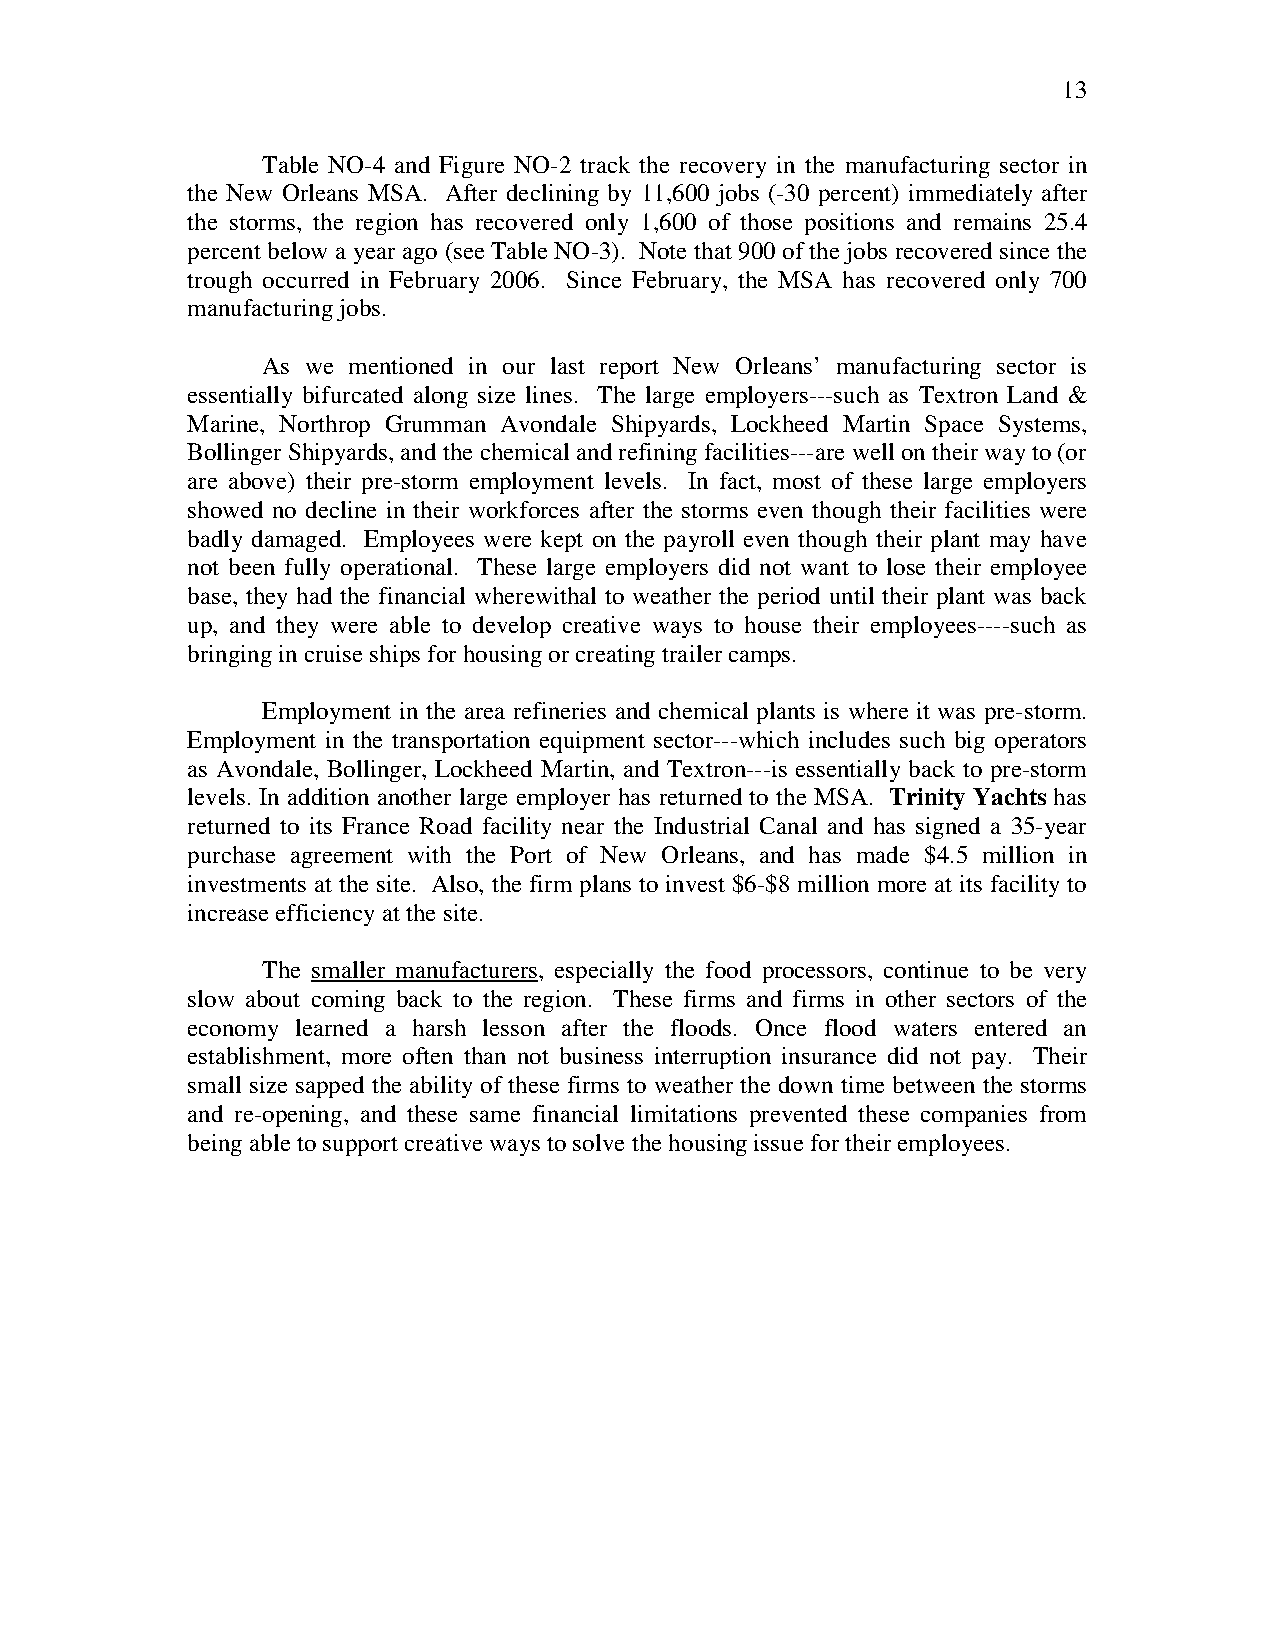
13
 Table NO-4 and Figure NO-2 track the recovery in the manufacturing sector in
 the New Orleans MSA. After declining by 11,600 jobs (-30 percent) immediately after
 the storms, the region has recovered only 1,600 of those positions and remains 25.4
 percent below a year ago (see Table NO-3). Note that 900 of the jobs recovered since the
 trough occurred in February 2006. Since February, the MSA has recovered only 700
 manufacturing jobs.
 As we mentioned in our last report New Orleans’ manufacturing sector is
 essentially bifurcated along size lines. The large employers---such as Textron Land &
 Marine, Northrop Grumman Avondale Shipyards, Lockheed Martin Space Systems,
 Bollinger Shipyards, and the chemical and refining facilities---are well on their way to (or
 are above) their pre-storm employment levels. In fact, most of these large employers
 showed no decline in their workforces after the storms even though their facilities were
 badly damaged. Employees were kept on the payroll even though their plant may have
 not been fully operational. These large employers did not want to lose their employee
 base, they had the financial wherewithal to weather the period until their plant was back
 up, and they were able to develop creative ways to house their employees----such as
 bringing in cruise ships for housing or creating trailer camps.
 Employment in the area refineries and chemical plants is where it was pre-storm.
 Employment in the transportation equipment sector---which includes such big operators
 as Avondale, Bollinger, Lockheed Martin, and Textron---is essentially back to pre-storm
 levels. In addition another large employer has returned to the MSA. Trinity Yachts has
 returned to its France Road facility near the Industrial Canal and has signed a 35-year
 purchase agreement with the Port of New Orleans, and has made $4.5 million in
 investments at the site. Also, the firm plans to invest $6-$8 million more at its facility to
 increase efficiency at the site.
 The smaller manufacturers, especially the food processors, continue to be very
 slow about coming back to the region. These firms and firms in other sectors of the
 economy learned a harsh lesson after the floods. Once flood waters entered an
 establishment, more often than not business interruption insurance did not pay. Their
 small size sapped the ability of these firms to weather the down time between the storms
 and re-opening, and these same financial limitations prevented these companies from
 being able to support creative ways to solve the housing issue for their employees.